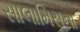
સાલામિસના